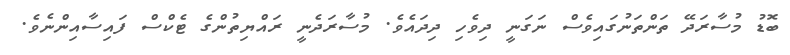
ބޮޑު މުސާރަދޭ ތަންތަނުގައިވެސް ނަގަނީ ދިވެހި ދިދައެވެ. މުސާރަދެނީ ރައްޔިތުންގެ ޓެކްސް ފައިސާއިންނެވެ.